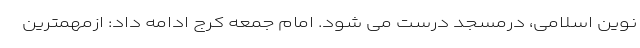
نوین اسلامی، درمسجد درست می شود. امام جمعه کرج ادامه داد: ازمهمترین